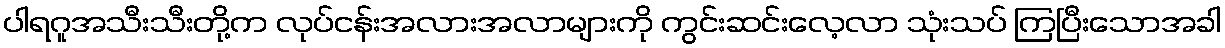
ပါရဂူအသီးသီးတို့က လုပ်ငန်းအလားအလာများကို ကွင်းဆင်းလေ့လာ သုံးသပ် ကြပြီးသောအခါ